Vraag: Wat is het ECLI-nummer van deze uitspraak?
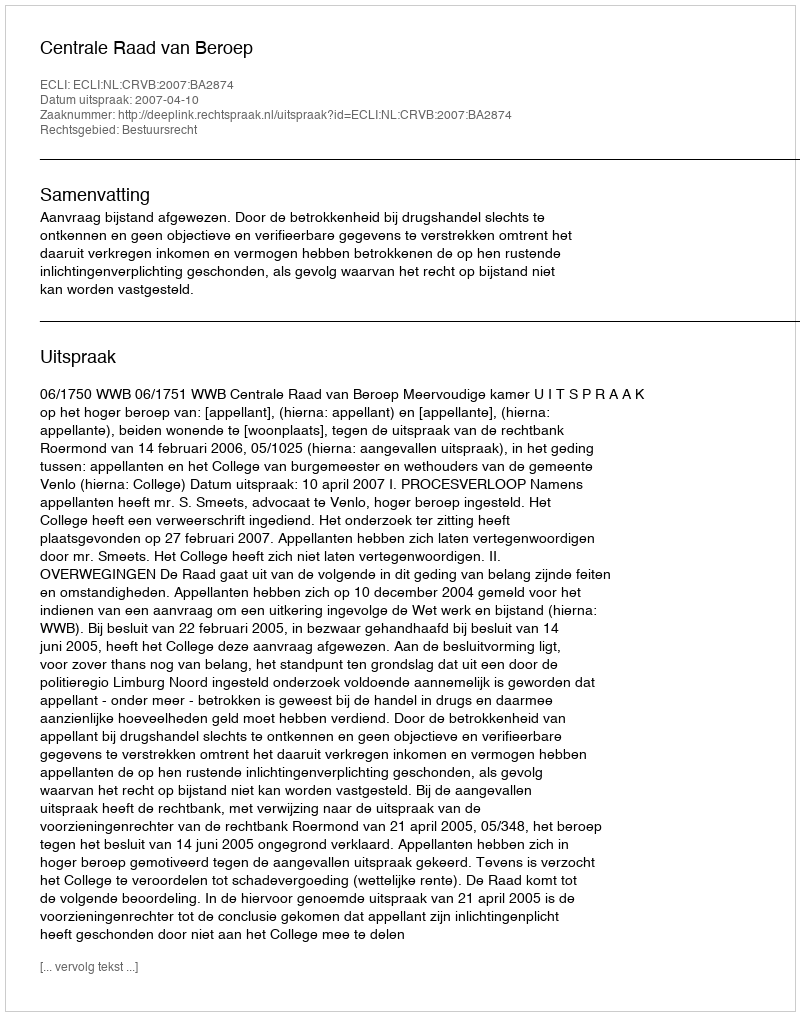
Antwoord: ECLI:NL:CRVB:2007:BA2874